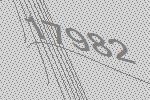
17982